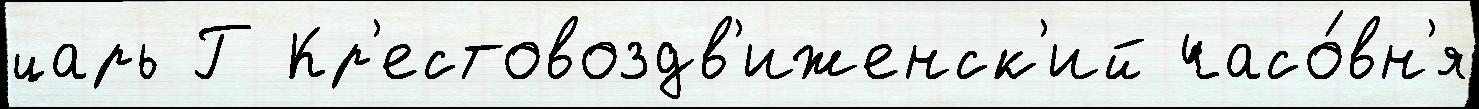
царь Г Кр'естовоздв'иженск'ий часо́вн'я